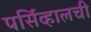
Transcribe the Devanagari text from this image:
पर्सिव्हालची